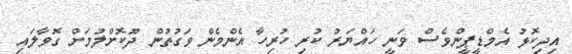
އިދިކޮޅު އެމްޑީޕީންވެސް ވަނީ ހައްޔަރު ކުރި ހުރިހާ އެންމެން ވަގުތުން ދޫކޮށްލުމަށް ގޮވާލައި